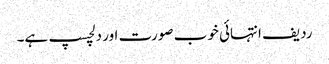
ردیف انتہائی خوب صورت اور دلچسپ ہے۔